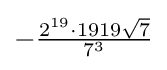
-{\tfrac {2^{19}\cdot 1919{\sqrt {7}}}{7^{3}}}